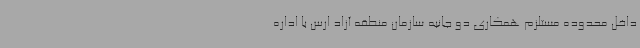
داخل محدوده مستلزم همکاری دو جانبه سازمان منطقه آزاد ارس با اداره